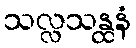
သလ္လသန္ထနံ